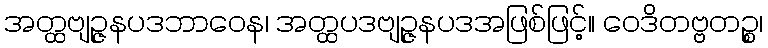
အတ္ထဗျဉ္ဇနပဒဘာဝေန၊ အတ္ထပဒဗျဉ္ဇနပဒအဖြစ်ဖြင့်။ ဝေဒိတဗ္ဗတဉ္စ၊